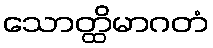
သောတ္ထိမာဂတံ